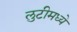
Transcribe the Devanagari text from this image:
लुटीमध्ये